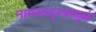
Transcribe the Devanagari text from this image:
नामसादृश्यामुळं